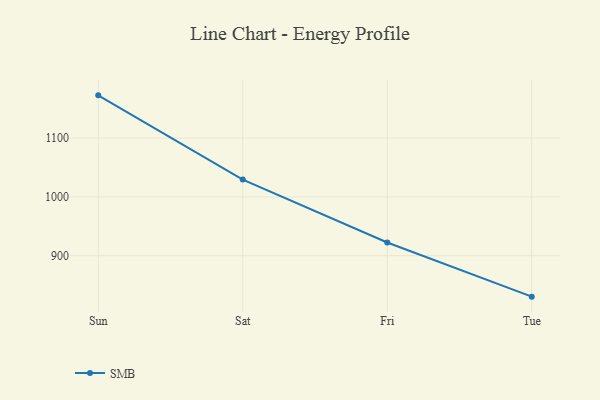
{"axis": {"x": "Day", "y": "Customer Acquisition Cost (USD)"}, "legend": ["SMB"], "data": [{"x": "Sun", "y": 1172.7, "type": "SMB"}, {"x": "Sat", "y": 1029.5, "type": "SMB"}, {"x": "Fri", "y": 922.5, "type": "SMB"}, {"x": "Tue", "y": 830.4, "type": "SMB"}]}